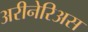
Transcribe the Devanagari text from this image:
अरीनेरिअस